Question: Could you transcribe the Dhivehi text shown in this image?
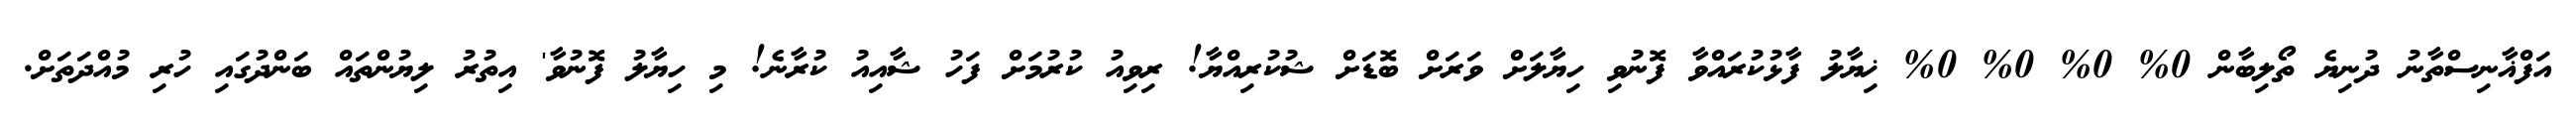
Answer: އަފްޣާނިސްތާނު ދުނިޔެ ތޯލިބާން 0% 0% 0% 0% ޚިޔާލު ފާޅުކުރައްވާ ފޮނުވި ހިޔާލަށް ވަރަށް ބޮޑަށް ޝުކުރިއްޔާ! ރިވިއު ކުރުމަށް ފަހު ޝާއިއު ކުރާނެ! މި ހިޔާލު ފޮނުވާ' އިތުރު ލިޔުންތައް ބަންދުގައި ހުރި މުއްދަތަށް.